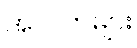
အလက်များ